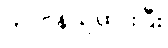
တာဝန်ယူထားပြီး